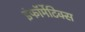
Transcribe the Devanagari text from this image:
इंफॉर्मेटिक्स